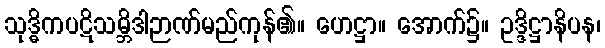
သုဒ္ဓိကပဋိသမ္ဘိဒါဉာဏ်မည်ကုန်၏။ ဟေဋ္ဌာ။ အောက်၌။ ဥဒ္ဒိဋ္ဌာနိပန၊